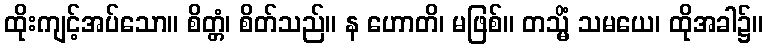
ထိုးကျင့်အပ်သော။ စိတ္တံ၊ စိတ်သည်။ န ဟောတိ၊ မဖြစ်။ တသ္မိံ သမယေ၊ ထိုအခါ၌။